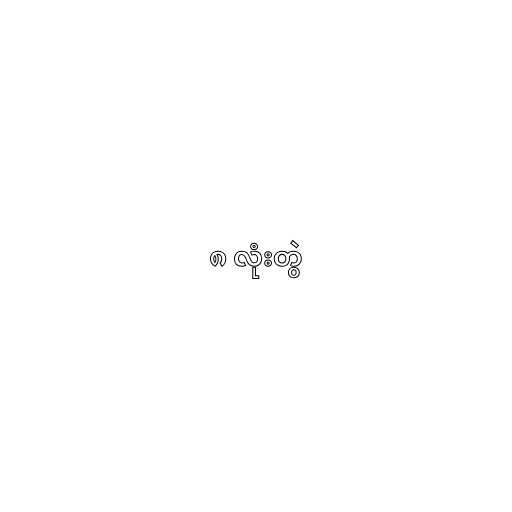
၈ လုံးတွဲ